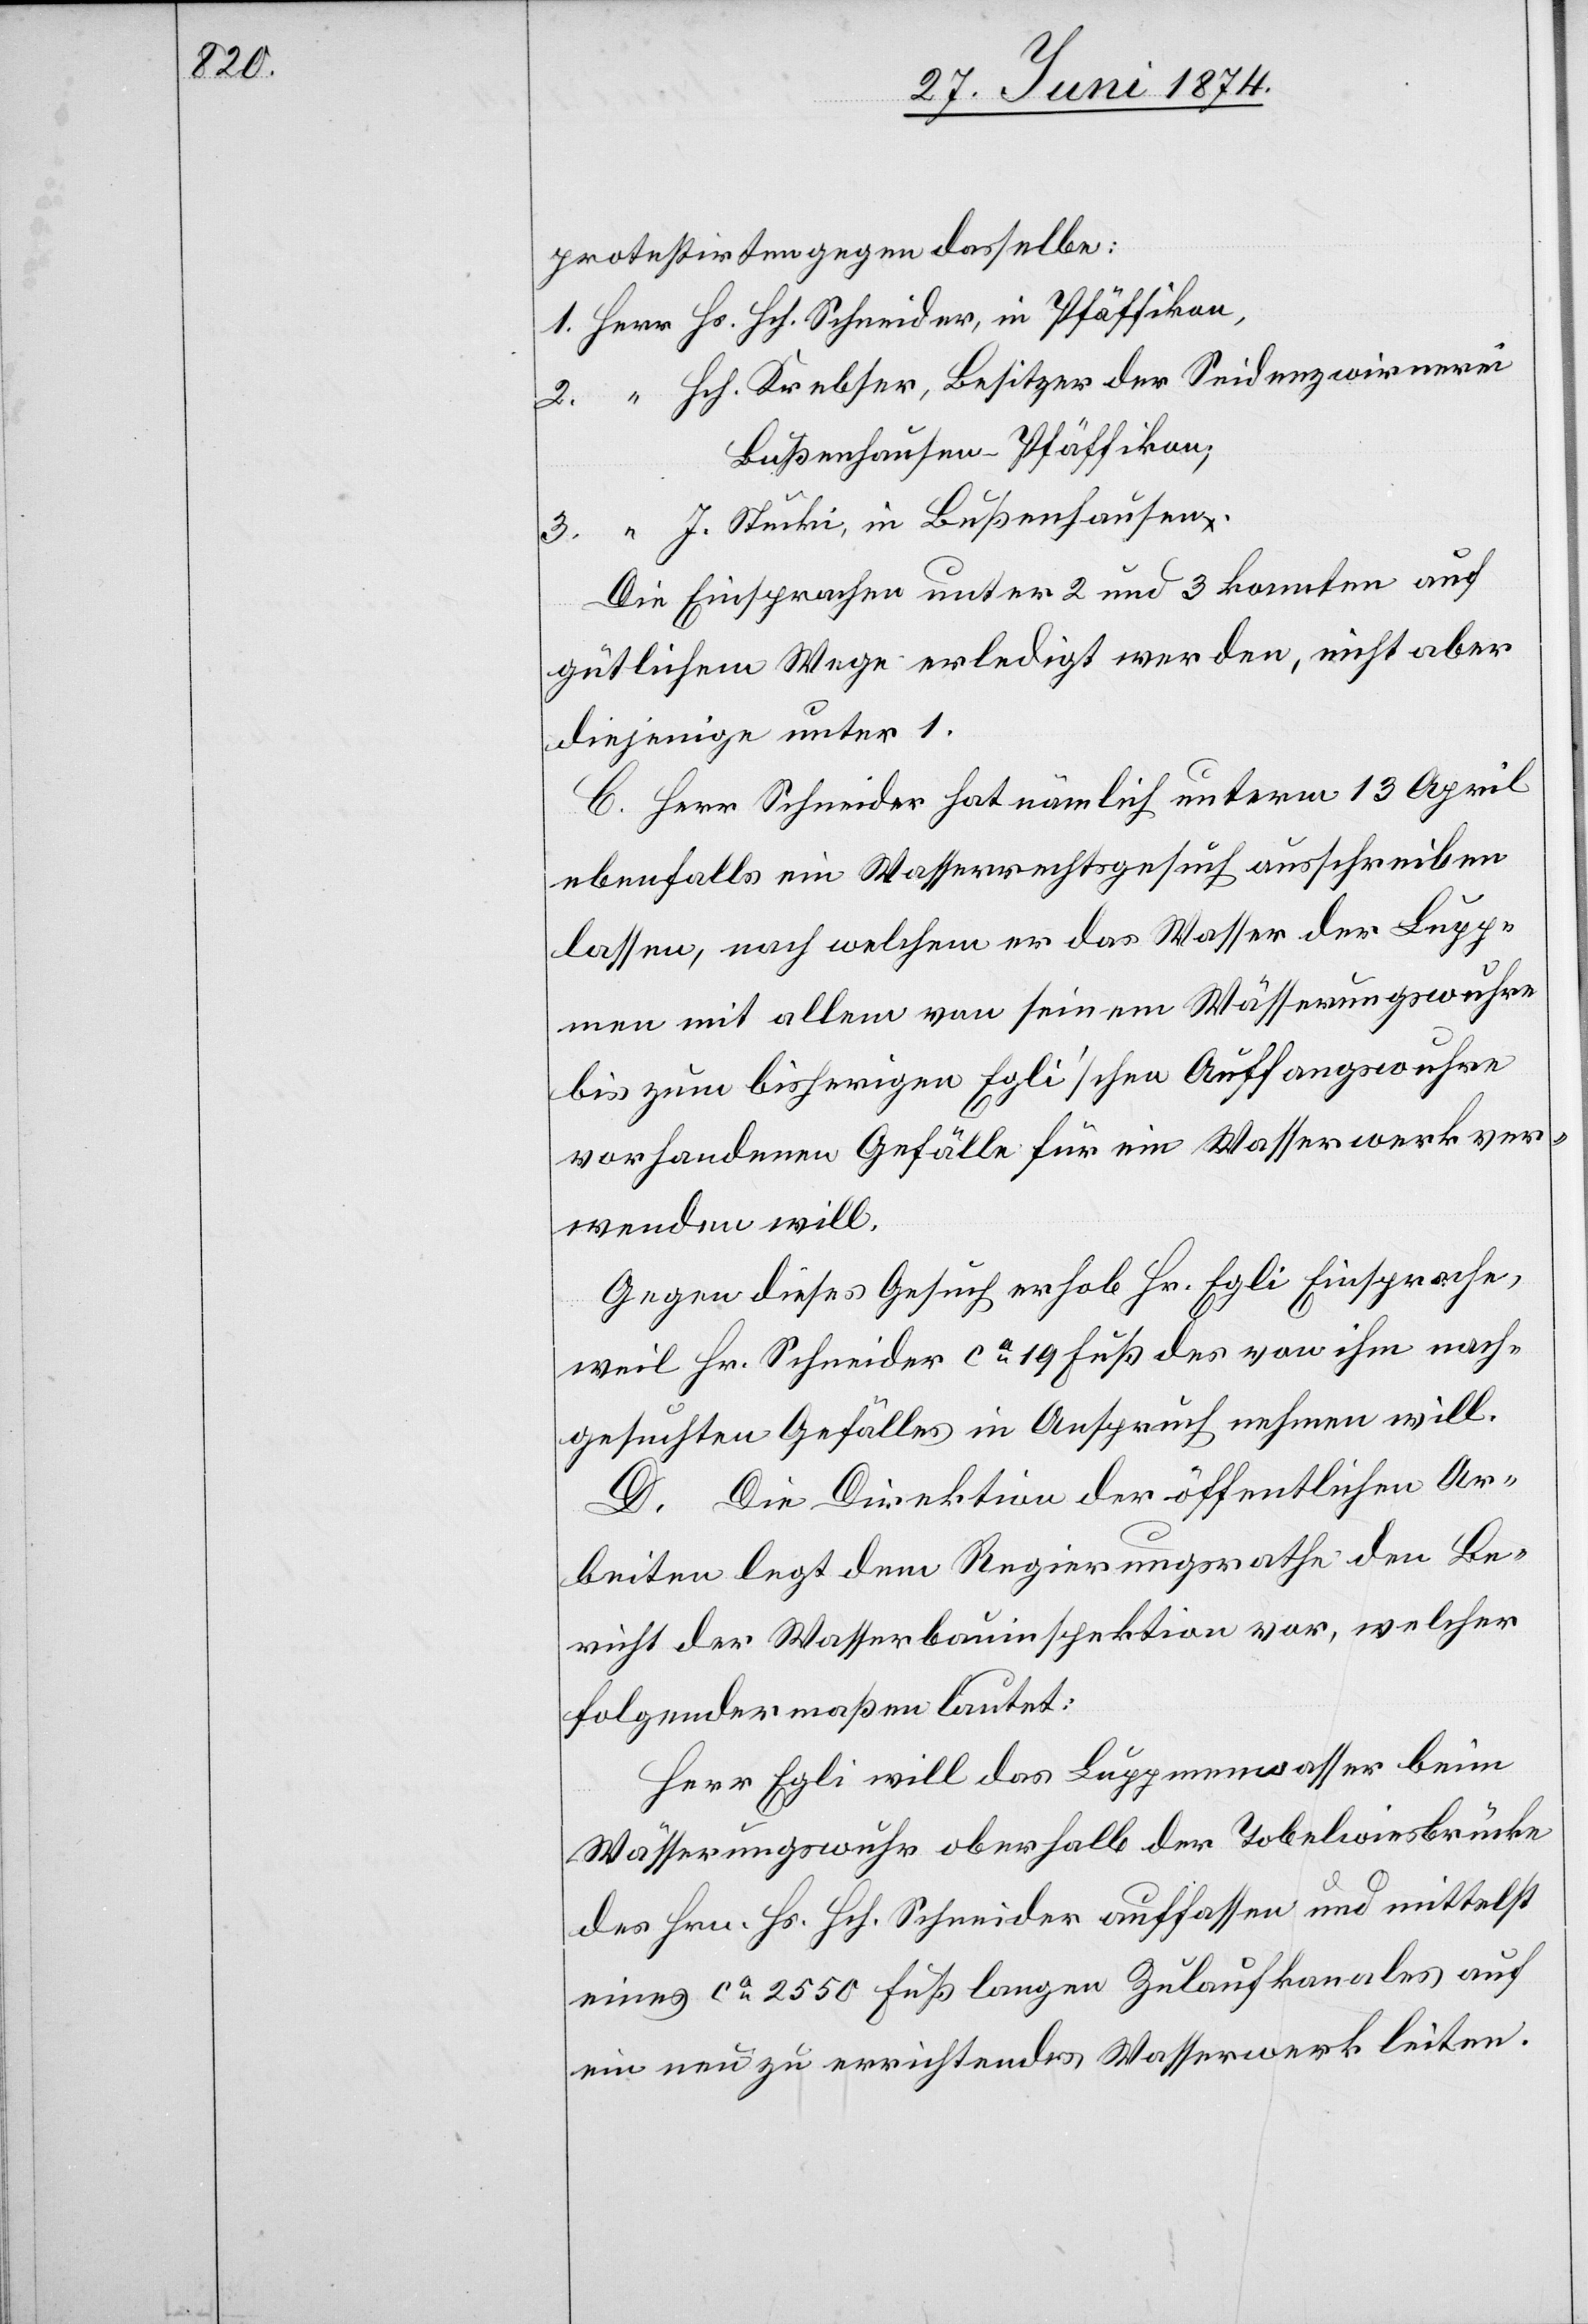
protestirten gegen dasselbe:
Hs. Hch. Schneider, in Pfäffikon,
Hch. Krebser, Besitzer der Seidenzwirnerei
Bußenhausen-Pfäffikon;
J. Stucki, in Bußenhausen.
Die Einsprachen unter 2 und 3 konnten auf
gütlichem Wege erledigt werden, nicht aber
diejenige unter 1.
C. Herr Schneider hat nämlich unterm 13. April
ebenfalls ein Wasserrechtsgesuch ausschreiben
lassen, nach welchem er das Wasser der Lupp¬
men mit allem von seinem Wässerungswuhre
bis zum bisherigen Egli’schen Auffangswuhre
vorhandenen Gefälle für ein Wasserwerk ver¬
wenden will.
Gegen dieses Gesuch erhob Hr. Egli Einsprache,
weil Hr. Schneider ca 19 Fuß des von ihm nach¬
gesuchten Gefälles in Anspruch nehmen will.
D. Die Direktion der öffentlichen Ar¬
beiten legt dem Regierungsrathe den Be¬
richt der Wasserbauinspektion vor, welcher
folgendermaßen lautet:
Herr Egli will das Luppmenwasser beim
Wässerungswuhr oberhalb der Tobelwiesbrücke
des Hrn. Hs. Hch. Schneider auffassen und mittelst
eines ca 2550 Fuß langen Zulaufkanales auf
ein neu zu errichtendes Wasserwerk leiten.